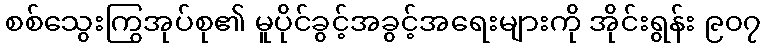
စစ်သွေးကြွအုပ်စု၏ မူပိုင်ခွင့်အခွင့်အရေးများကို အိုင်းရွန်း ၉၀၇